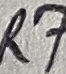
Text: R7